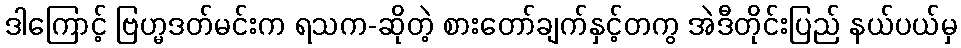
ဒါကြောင့် ဗြဟ္မဒတ်မင်းက ရသက-ဆိုတဲ့ စားတော်ချက်နှင့်တကွ အဲဒီတိုင်းပြည် နယ်ပယ်မှ